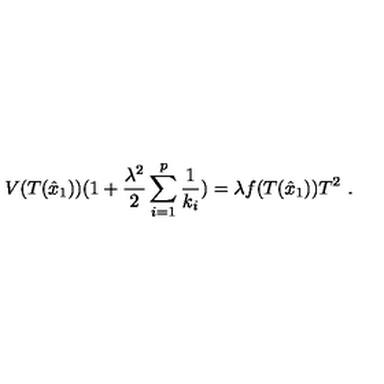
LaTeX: V ( T ( \hat { x } _ { 1 } ) ) ( 1 + \frac { \lambda ^ { 2 } } { 2 } \sum _ { i = 1 } ^ { p } \frac { 1 } { k _ { i } } ) = \lambda f ( T ( \hat { x } _ { 1 } ) ) T ^ { 2 } \ .